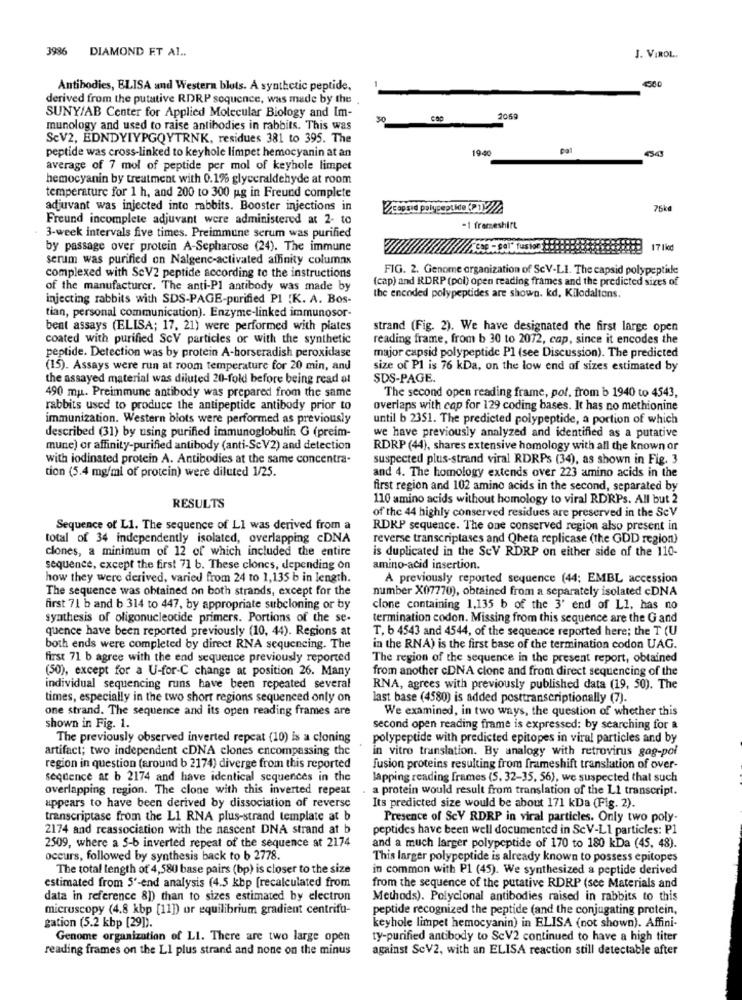
3986 DIAMOND ET Al ..
J. VIROL.
Antibodies, ELISA and Western blots. A synthetic peptide,
4500
derived from the putative RDRP sequence, was made by the
SUNY/AB Center for Applied Molecular Biology and Im-
3-0
2050
munology and used to raise antibodies in rabbits. This was
ScV2, EDNDYIYPGQYTRNK, residues 381 to 395. The
peptide was cross-linked to keyhole limpet hemocyanin at an
19-40
Gal
average of 7 mol of peptide per mol of keyhole limpet
hemocyanin by treatment with 0.1% glyceraldehyde at room
temperature for 1 h, and 200 to 300 ug in Freund complete
adjuvant was injected into rabbits. Booster injections in
76kč
Freund incomplete adjuvant were administered at 2- to
-I frameshift
. 3-week intervals five times. Preimmune serum was purified
by passage over protein A-Sepharose (24). The immune
17 1km
serum was purified on Nalgene-activated affinity columns
FIG. 2. Genome organization of ScV-LI. The capsid polypeptide
complexed with SeV2 peptide according to the instructions
(cap) and RDRP (poi) open reading frames and the predicted sizes of
of the manufacturer. The anti-Pl antibody was made by
injecting rabbits with SDS-PAGE-purified PI .K. A. Bos-
the encoded polypeptides are shown. kd, Kilodaltons.
tian, personal communication). Enzyme-linked immunosor-
bent assays (ELISA; 17, 21) were performed with plates
strand (Fig. 2). We have designated the first large open
coated with purified ScV particles or with the synthetic
reading frame, from b 30 to 2072, cap, since it encodes the
peptide. Detection was by protein A-horseradish peroxidase
major capsid polypeptide Pl (see Discussion). The predicted
(15). Assays were run at room temperature for 20 min, and
size of PI is 76 kDa, on the low end of sizes estimated by
the assayed material was diluted 20-fold before being read at
SDS-PAGE.
490 mu. Preimmune antibody was prepared from the same
The second open reading frame, pol, from b 1940 to 4543,
rabbits used to produce the antipeptide antibody prior to
overlaps with cap for 129 coding bases. It has no methionine
immunization. Western blots were performed as previously
until b 2351. The predicted polypeptide, a portion of which
described (31) by using purified immunoglobulin G (preim-
we have previously analyzed and identified as a putative
mune) or affinity-purified antibody (anti-Sc V2) and detection
RDRP (44), shares extensive homology with all the known or
with iodinated protein A. Antibodies at the same concentra-
suspected plus-strand viral RDRPs (34), as shown in Fig. 3
tion (5.4 mg/ml of protein) were diluted 1/25.
and 4. The homology extends over 223 amino acids in the
first region and 102 amino acids in the second, separated by
110 amino acids without homology to viral RDRPs. All but 2
RESULTS
of the 44 highly conserved residues are preserved in the ScV
Sequence of L1. The sequence of Ll was derived from a
RDKP sequence. The one conserved region also present in
total of 34 independently isolated, overlapping cDNA
reverse transcriptases and Qheta replicase (the GDD region)
clones, a minimum of 12 of which included the entire
is duplicated in the SeV RDRP on either side of the 110-
sequence, except the first 71 b. These clones, depending on
amino-acid insertion.
how they were derived, varied from 24 to 1,135 b in length.
A previously reported sequence (44; EMBL accession
The sequence was obtained on both strands, except for the
number X07770), obtained from a separately isolated cDNA
first 71 b and b 314 to 447, by appropriate subcloning or by
clone containing 1,135 b of the 3' end of Ll, has no
synthesis of oligonucleotide primers. Portions of the se-
termination codon. Missing from this sequence are the G and
quence have been reported previously (10, 44). Regions at
T, b 4543 and 4544, of the sequence reported here; the T (U
both ends were completed by direct RNA sequencing. The
in the RNA) is the first base of the termination codon UAG.
first 71 b agree with the end sequence previously reported
The region of the sequence in the present report, obtained
(50), except for a U-for-C change at position 26. Many
from another cDNA clone and from direct sequencing of the
individual sequencing runs have been repeated several
RNA, agrees with previously published data (19, 50). The
times, especially in the two short regions sequenced only on
last base (4580) is added posttranscriptionally (7).
one strand. The sequence and its open reading frames are
We examined, in two ways, the question of whether this
shown in Fig. 1.
second open reading frame is expressed: by searching for a
The previously observed inverted repeat (10) is a cloning
polypeptide with predicted epitopes in viral particles and by
artifact; two independent cDNA clones encompassing the
in vitro translation. By analogy with retrovirus gog-pol
region in question (around b 2174) diverge from this reported
fusion proteins resulting from frameshift translation of over-
sequence at b 2174 and have identical sequences in the
lapping reading frames (S, 32-35, 56), we suspected that such
overlapping region. The clone with this inverted repeat
. a protein would result from translation of the L1 transcript.
appears to have been derived by dissociation of reverse
Its predicted size would be about 171 kDa (Fig. 2).
transcriptase from the L1 RNA plus-strand template at b
Presence of ScY RDRP in viral particles. Only two poly-
2174 and reassociation with the nascent DNA strand at b
peptides have been well documented in ScV-L1 particles: P1
2509, where a 5-6 inverted repeat of the sequence at 2174
and a much larger polypeptide of 170 to 180 kDa (45, 48).
occurs, followed by synthesis back to b 2778.
This larger polypeptide is already known to possess epitopes
The total length of 4,580 base pairs (bp) is closer to the size
in common with P1 (45). We synthesized a peptide derived
estimated from 5'-end analysis (4.5 kbp [recalculated from
from the sequence of the putative RDRP (see Materials and
data in reference 8)) than to sizes estimated by electron
Methods). Polyclonal antibodies raised in rabbits to this
microscopy (4.8 kbp [11]) or equilibrium gradient centrifu-
peptide recognized the peptide (and the conjugating protein,
gation (5.2 kbp [29]).
keyhole limpet hemocyanin) in ELISA (not shown). Affini-
Genome organization of LI. There are two large open
ty-purified antibody to ScV2 continued to have a high titer
reading frames on the LI plus strand and none on the minus
against ScV2, with an ELISA reaction still detectable after